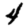
Digit: 4